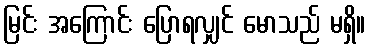
မြင်း အကြောင်း ပြောရလျှင် မောသည် မရှိ။